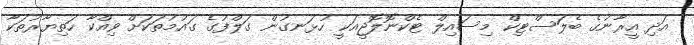
އަދި އީރާނުގެ ބެލަސްޓިކް މިސައިލް ޓެކްނޮލޮޖީއަކީ ހުޅަނގުން ގަލްފުގެ ގައުމުތަކަށް ވިއްކާ ހަތިޔާރުތަކާ